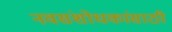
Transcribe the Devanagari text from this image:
नवसंशोधकांसाठी